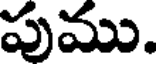
పుము.